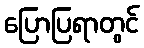
ပြောပြရာတွင်